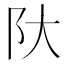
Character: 𫔺